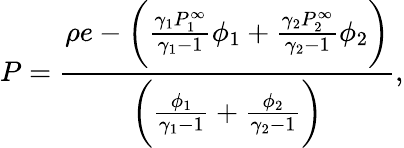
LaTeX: P=\frac{\rho e-\bigg(\frac{\gamma_{1}P_{1}^{\infty}}{\gamma_{1}-1}\phi_{1}+\frac{\gamma_{2}P_{2}^{\infty}}{\gamma_{2}-1}\phi_{2}\bigg)}{\bigg(\frac{\phi_{1}}{\gamma_{1}-1}+\frac{\phi_{2}}{\gamma_{2}-1}\bigg)},